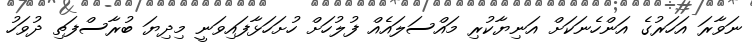
ނަވާރަ އަހަރުގެ އަންހެނަކަށް އަނިޔާކުރި މައްސަލައެއް ފުލުހަށް ހުށަހަޅާފައިވަނީ މިދިޔަ ބުރާސްފަތި ދުވަހު